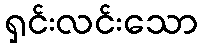
ရှင်းလင်းသော